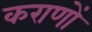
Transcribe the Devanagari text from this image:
कराणों